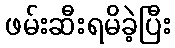
ဖမ်းဆီးရမိခဲ့ပြီး